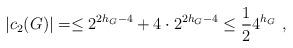
LaTeX: \begin{align*}|c_2(G)|=\leq 2^{2h_G-4} + 4\cdot 2^{2h_G-4}\leq \frac{1}{2} 4^{h_G} \ ,\end{align*}